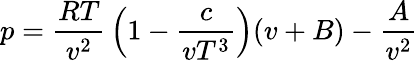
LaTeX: p={\frac{RT}{v^{2}}}\left(1-{\frac{c}{vT^{3}}}\right)(v+B)-{\frac{A}{v^{2}}}